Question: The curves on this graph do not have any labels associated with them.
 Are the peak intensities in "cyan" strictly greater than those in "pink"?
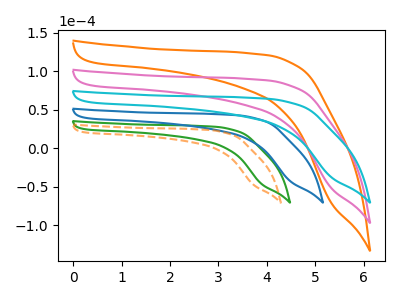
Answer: <think>The orange curve "orange" has no peaks. The green curve "green" has no peaks. The pink curve "pink" has no peaks. The blue curve "blue" has no peaks. The orange dashed curve "orange dashed" has no peaks. The cyan curve "cyan" has no peaks.</think>
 <answer>Niether CV has any peaks.</answer>
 <eval>blanks</eval>